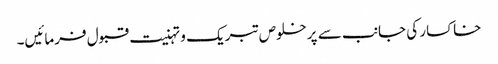
خاکسار کی جانب سے پرخلوص تبریک و تہنیت قبول فرمائیں۔